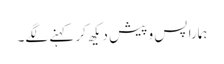
ہمارا پس و پیش دیکھ کر کہنے لگے۔